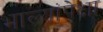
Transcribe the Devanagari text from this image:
भाल्यांपेक्षा